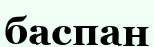
баспан